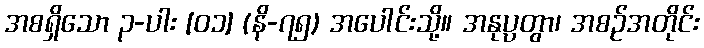
အစရှိသော ၃-ပါး [၀၁] (နိ-၇၅) အပေါင်းသို့။ အနုပ္ပတွာ၊ အစဉ်အတိုင်း